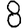
Digit: 8